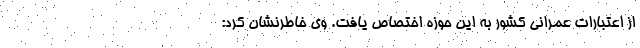
از اعتبارات عمرانی کشور به این حوزه اختصاص یافت. وی خاطرنشان کرد: